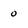
Character: 0